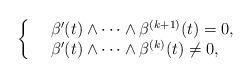
LaTeX: \begin{align*}\left\{\begin{array}{ll}&\beta'(t)\wedge \cdots \wedge \beta^{(k+1)}(t)=0, \\&\beta'(t)\wedge \cdots \wedge \beta^{(k)}(t)\neq 0,\end{array}\right.\end{align*}